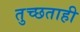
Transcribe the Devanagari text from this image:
तुच्छताही